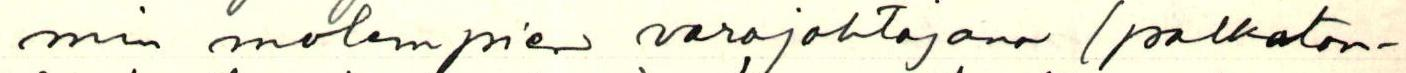
min molempien varajohtajana (palkaton-